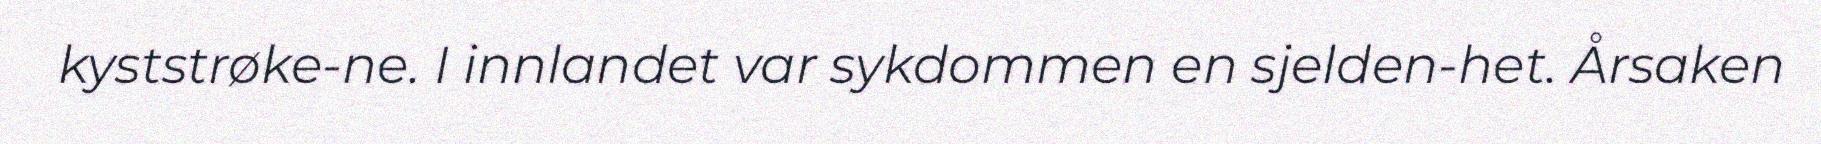
kyststrøke-ne. I innlandet var sykdommen en sjelden-het. Årsaken